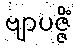
ဗျာပဇ္ဇိံ